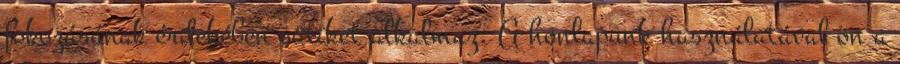
fokozásának érdekében sütiket alkalmaz. A honlapunk használatával ön a